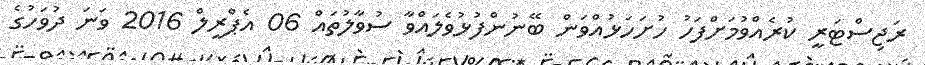
ރަޖިސްޓަރީ ކުރެއްވުމަށްފަހު ހުށަހަޅުއްވަން ބޭނުންފުޅުވެލައްވާ ސުވާލުތައް 06 އެޕްރީލް 2016 ވަނަ ދުވަހުގެ